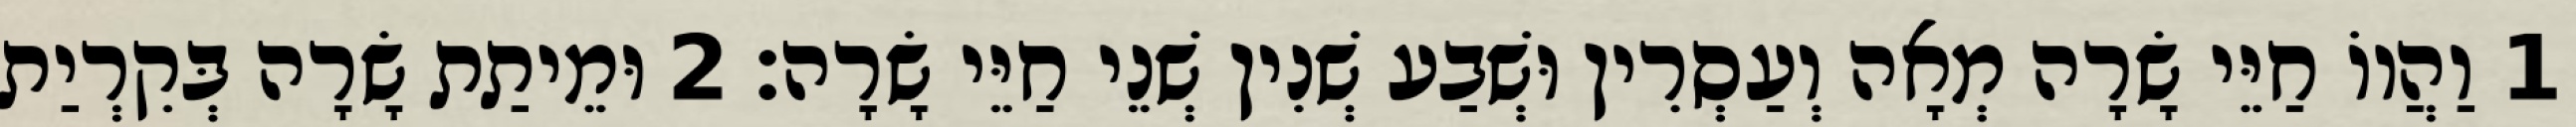
1 וַהֲווֹ חַיֵּי שָׂרָה מְאָה וְעַסְרִין וּשְׁבַע שְׁנִין שְׁנֵי חַיֵּי שָׂרָה׃ 2 וּמֵיתַת שָׂרָה בְּקִרְיַת